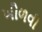
ખોળવી